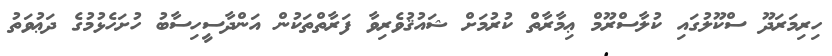
ހިރިމަރަދޫ ސްކޫލުގައި ކުލާސްރޫމް ޢިމާރާތް ކުރުމަށް ޝައުޤުވެރިވާ ފަރާތްތަކުން އަންދާސީހިސާބު ހުށަހެޅުމުގެ ދަޢުވަތު